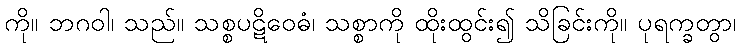
ကို။ ဘဂဝါ၊ သည်။ သစ္စပဋိဝေဓံ၊ သစ္စာကို ထိုးထွင်း၍ သိခြင်းကို။ ပုရက္ခတွာ၊